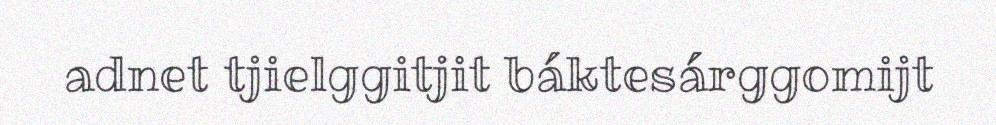
adnet tjielggitjit báktesárggomijt